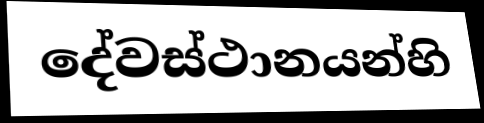
දේවස්ථානයන්හි